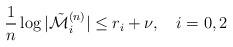
LaTeX: \begin{align*}\frac{1}{n} \log |\tilde{{\cal M}}_i^{(n)}| \le r_i + \nu,~~~i=0,2 \end{align*}